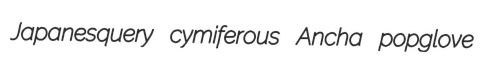
Japanesquery cymiferous Ancha popglove